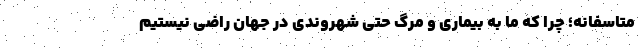
متاسفانه؛ چرا که ما به بیماری و مرگ حتی شهروندی در جهان راضی نیستیم